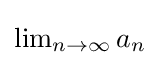
{\textstyle \lim _{n\to \infty }a_{n}}